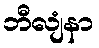
ဘီလျံနာ